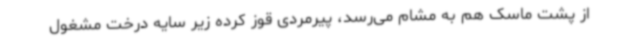
از پشت ماسک هم به مشام می‌رسد، پیرمردی قوز کرده زیر سایه درخت مشغول